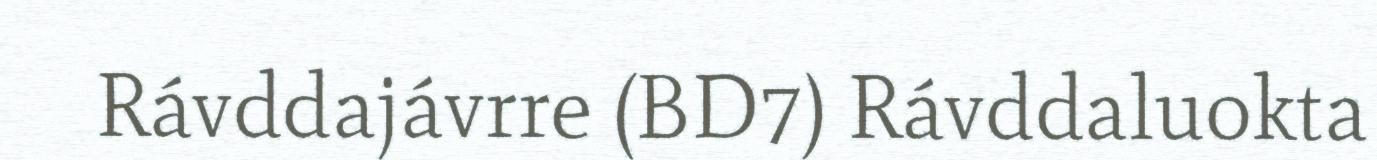
Rávddajávrre (BD7) Rávddaluokta